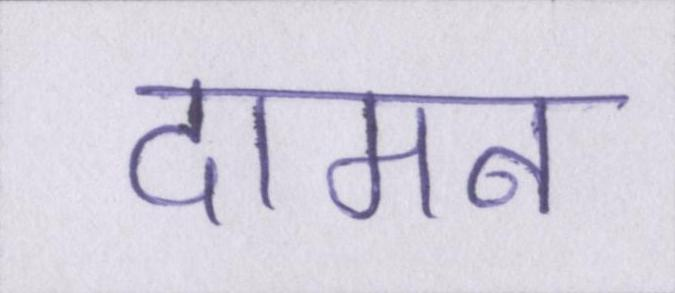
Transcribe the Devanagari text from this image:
दामन